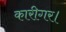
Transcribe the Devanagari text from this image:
कारीगर।